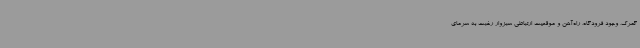
گمرک، وجود فرودگاه، راه‌آهن و موقعیت ارتباطی سبزوار رغبت به سرمای